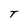
Character: T